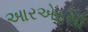
આરએફસી